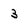
Character: 3